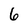
Character: 6